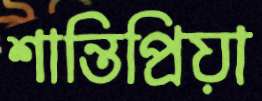
শান্তিপ্রিয়া